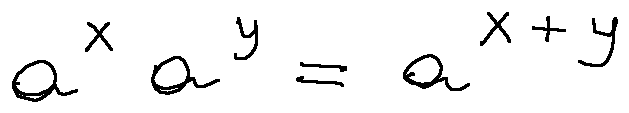
a ^ { x } a ^ { y } = a ^ { x + y }